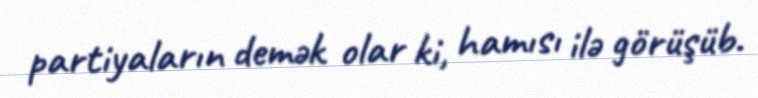
partiyaların demək olar ki, hamısı ilə görüşüb.